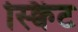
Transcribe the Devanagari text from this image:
स्क्विंट